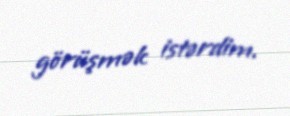
görüşmək istərdim.